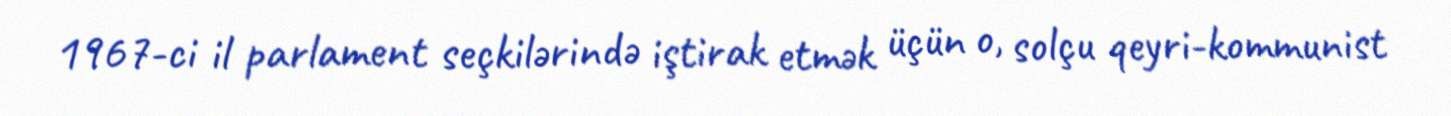
1967-ci il parlament seçkilərində iştirak etmək üçün o, solçu qeyri-kommunist